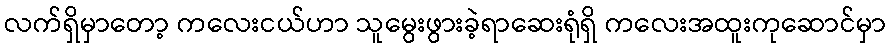
လက်ရှိမှာတော့ ကလေးငယ်ဟာ သူမွေးဖွားခဲ့ရာဆေးရုံရှိ ကလေးအထူးကုဆောင်မှာ